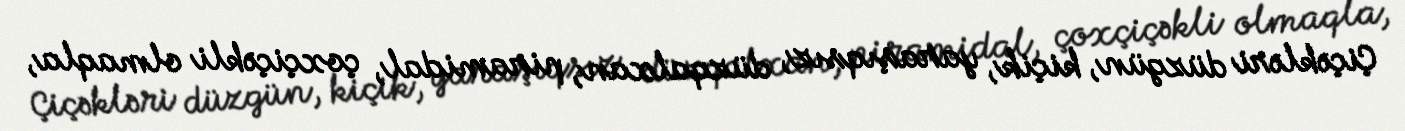
Çiçəkləri düzgün, kiçik, yaraşıqsız, düzqalxan, piramidal, çoxçiçəkli olmaqla,